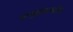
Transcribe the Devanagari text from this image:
फ्ल्युरोटायटॅनेट